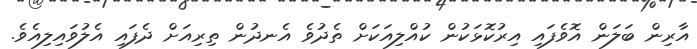
އާރިން ބަލަން އޮވެފައި އިރުކޮޅަކުން ކުއްލިއަކަށް ތެދުވެ އެނދުން ތިރިއަށް ދެފައި އެލުވައިލިއެވެ.